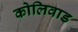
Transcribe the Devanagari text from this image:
कोलिवाड